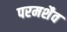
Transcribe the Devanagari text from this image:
परमशैव